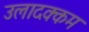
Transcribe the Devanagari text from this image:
उलादक्कम